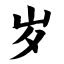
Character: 岁